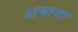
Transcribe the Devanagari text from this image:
शयाना